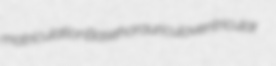
matriculation Basehor auriculoventricular